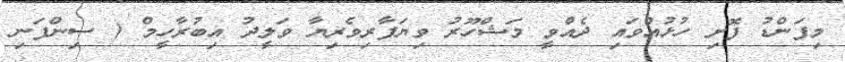
މިފަންޑު ފޮށި ހުޅުއްވައި ދެއްވީ މަޝްހޫރު ވިޔަފާރިވެރިޔާ ވަލީދު އިބުރާހީމް ( ސިންފަނި